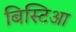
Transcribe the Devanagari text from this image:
बिस्टिआ